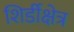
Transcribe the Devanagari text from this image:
शिर्डीक्षेत्र